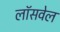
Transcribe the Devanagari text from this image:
लॉसवेल